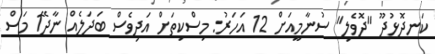
ކަނދޮޅުދޫ "ދޮވެލި" ސުނާމީއަށް 12 އަހަރު: މިސްކިތަށް އަދިވެސް ބަދަލެއް ނާދޭ1 މަސް